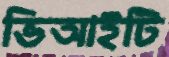
ভিআইটি